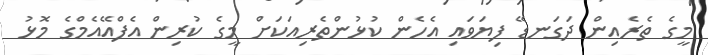
މީގެ ތެރެއިން ދަގަނޑޭ ފިޔަވައި އެހެން ކުޅުންތެރިއަކަށް މީގެ ކުރިން އެފްއޭއެމްގެ މޮޅު